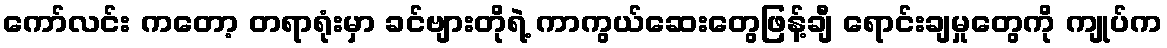
ကော်လင်း ကတော့ တရာရုံးမှာ ခင်ဗျားတိုရဲ့ ကာကွယ်ဆေးတွေဖြန့်ချီ ရောင်းချမှုတွေကို ကျုပ်က